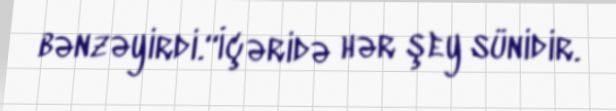
bənzəyirdi.“İçəridə hər şey sünidir.